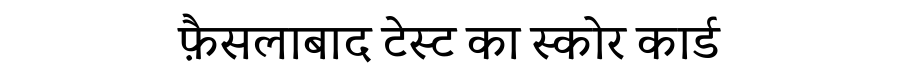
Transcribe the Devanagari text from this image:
फ़ैसलाबाद टेस्ट का स्कोर कार्ड